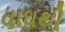
વાઘથી